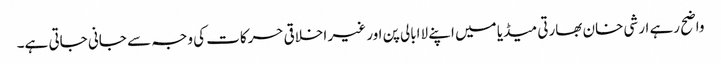
واضح رہے ارشی خان بھارتی میڈیا میں اپنے لاابالی پن اور غیر اخلاقی حرکات کی وجہ سے جانی جاتی ہے۔